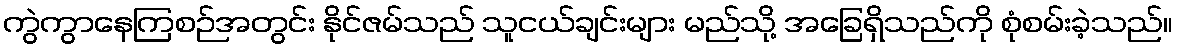
ကွဲကွာနေကြစဉ်အတွင်း နိုင်ဇမ်သည် သူငယ်ချင်းများ မည်သို့ အခြေရှိသည်ကို စုံစမ်းခဲ့သည်။